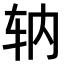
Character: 𫐇